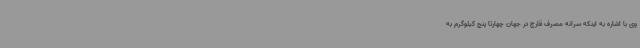
وی با اشاره به اینکه سرانه مصرف قارچ در جهان چهارتا پنج کیلوگرم به